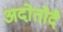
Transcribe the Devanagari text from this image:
अदोतोदै